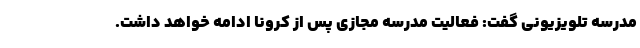
مدرسه تلویزیونی گفت: فعالیت مدرسه مجازی پس از کرونا ادامه خواهد داشت.